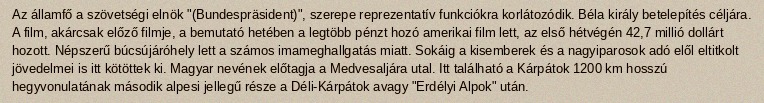
Az államfő a szövetségi elnök "(Bundespräsident)", szerepe reprezentatív funkciókra korlátozódik. Béla király betelepítés céljára. A film, akárcsak előző filmje, a bemutató hetében a legtöbb pénzt hozó amerikai film lett, az első hétvégén 42,7 millió dollárt hozott. Népszerű búcsújáróhely lett a számos imameghallgatás miatt. Sokáig a kisemberek és a nagyiparosok adó elől eltitkolt jövedelmei is itt kötöttek ki. Magyar nevének előtagja a Medvesaljára utal. Itt található a Kárpátok 1200 km hosszú hegyvonulatának második alpesi jellegű része a Déli-Kárpátok avagy "Erdélyi Alpok" után.